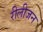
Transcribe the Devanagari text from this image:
रीलीजन